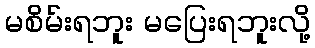
မစိမ်းရဘူး မပြေးရဘူးလို့